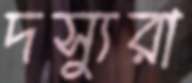
দস্যুরা